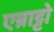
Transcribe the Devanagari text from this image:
एन्नाट्टो